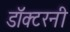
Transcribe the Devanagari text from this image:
डॉक्टरनी